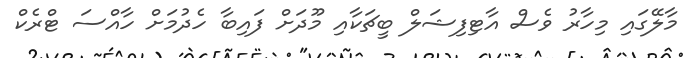
މާލޭގައި މިހާރު ވެސް އާޓިފިޝަލް ބީޗަކާއި މޫދަށް ފައިބާ ހެދުމަށް ހާއްސަ ޓްރެކް